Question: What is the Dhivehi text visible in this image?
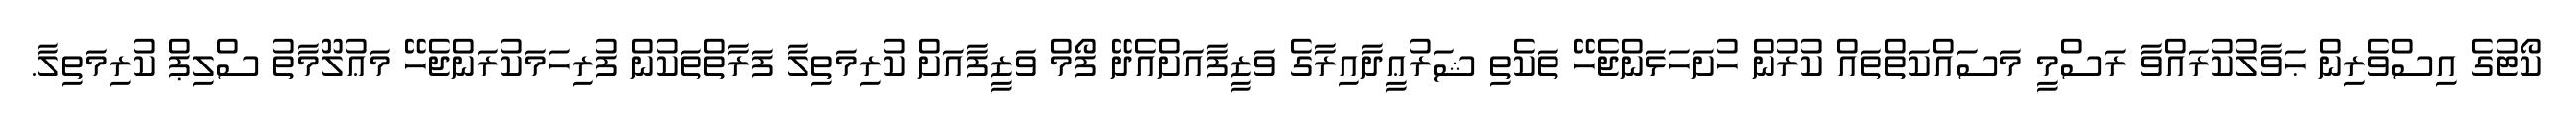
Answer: ކޯޓުގެ އިސްވެރިން ޙަވާލުކުރައްވާ ރަސްމީ މަސައްކަތްތައް ކުރުން ހުށަހަޅަންޖެހޭ ތަކެތި ޝަރުޢީދާއިރާގެ ވަޒީފާއަށްއެދޭ ފޯމް ވަޒީފާއަށް ކުރިމަތިލާ ފަރާތްތަކުން ފުރިހަމަކުރަންޖެހޭ މަޢުލޫމާތު ސްލިޕް ކުރިމަތިލާ.